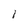
Character: l